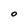
Character: O